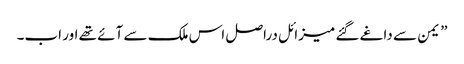
” یمن سے داغے گئے میزائل دراصل اس ملک سے آئے تھے اور اب۔